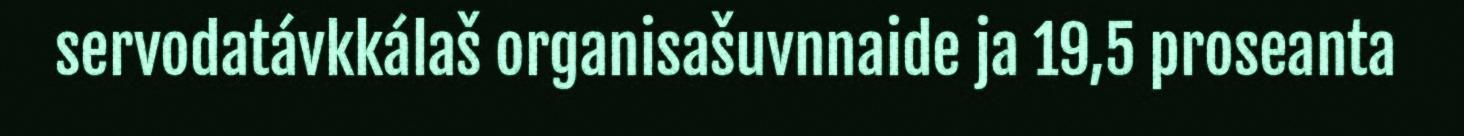
servodatávkkálaš organisašuvnnaide ja 19,5 proseanta